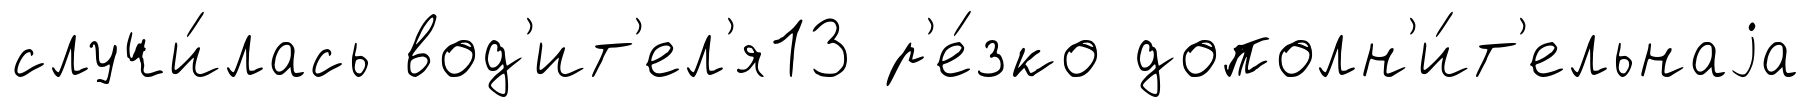
случи́лась вод'ит'ел'я13 р'е́зко дополн'и́т'ельнаjа